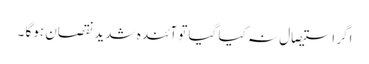
اگر استیصال نہ کیا گیا تو آئندہ شدید نقصان ہوگا ۔